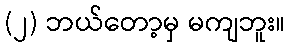
(၂) ဘယ်တော့မှ မကျဘူး။